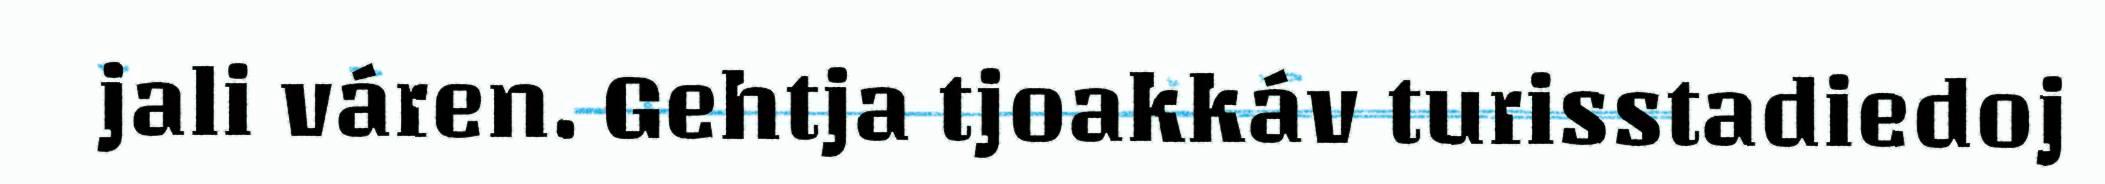
jali váren. Gehtja tjoakkáv turisstadiedoj